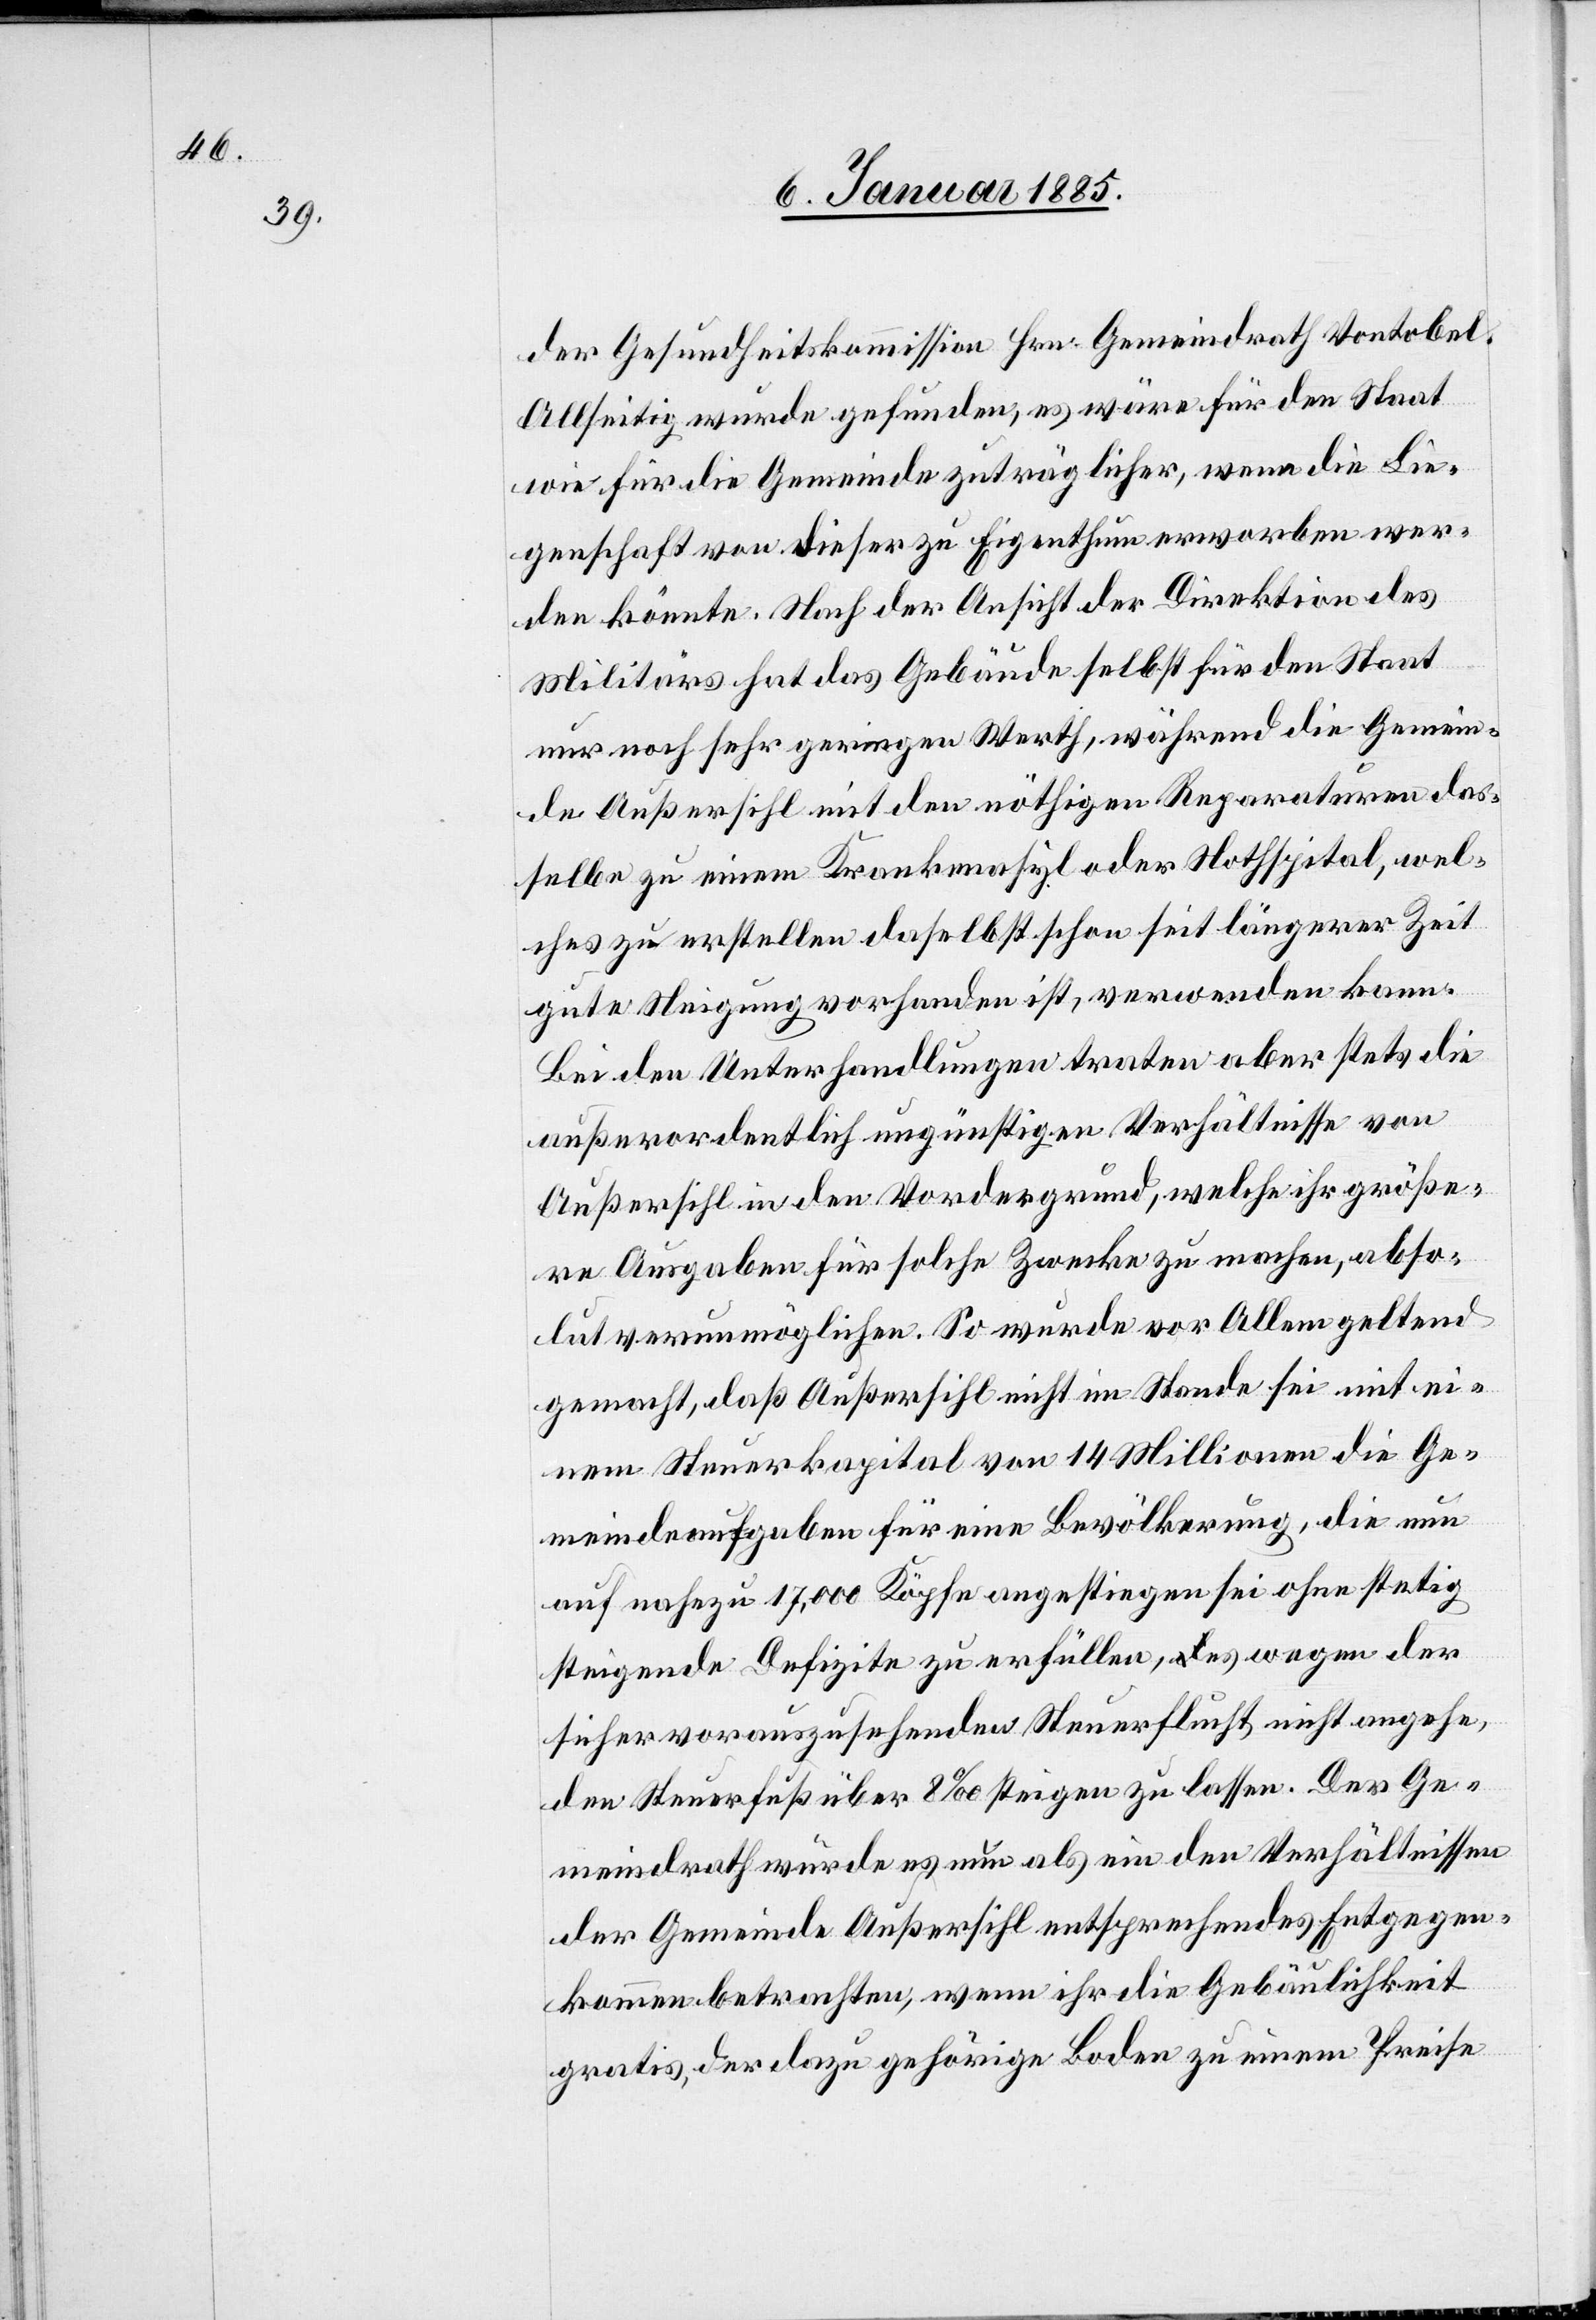
nden,

der Gesundheitskommission Hrn. Gemeindrath Vontobel.
Allseitig wurde gefunden, es wäre für den Staat
wie für die Gemeinde zuträglicher, wenn die Lie¬
genschaft von dieser zu Eigenthum erworben wer¬
den könnte. Nach der Ansicht der Direktion des
Militärs hat das Gebäude selbst für den Staat
nur noch sehr geringen Werth, während die Gemein¬
de Außersihl mit den nöthigen Reparaturen das¬
selbe zu einem Krankenasyl oder Nothspital, wel¬
ches zu erstellen daselbst schon seit längerer Zeit
gute Neigung vorhanden ist, verwenden kann.
Bei den Unterhandlungen traten aber stets die
außerordentlich ungünstigen Verhältnisse von
Außersihl in den Vordergrund, welche ihr größe¬
re Ausgaben für solche Zwecke zu machen, abso¬
lut verunmöglichen. So wurde vor Allem geltend
gemacht, daß Außersihl nicht im Stande sei mit ei¬
nem Steuerkapital von 14 Millionen die Ge¬
meindeaufgaben für eine Bevölkerung, die nun
auf nahezu 17,000 Köpfe angestiegen sei ohne stetig
steigende Defizite zu erfüllen, es wegen der
sicher vorauszusehenden Steuerflucht nicht angehe¬
den Steuerfuß über 8‰ steigen zu lassen. Der Ge¬
meindrath würde es nun als ein den Verhältnissen
der Gemeinde Außersihl entsprechendes Entgegen¬
kommen betrachten, wenn ihre die Gebäulichkeit
gratis, der dazu gehörige Boden zu einem Preise